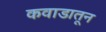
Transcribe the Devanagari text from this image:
कवाडातून